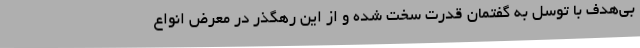
بی‌هدف با توسل به گفتمان قدرت سخت شده و از این رهگذر در معرض انواع